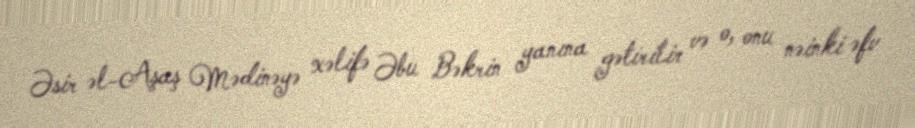
Əsir əl-Aşaş Mədinəyə xəlifə Əbu Bəkrin yanına gətirilir və o, onu nəinki əfv